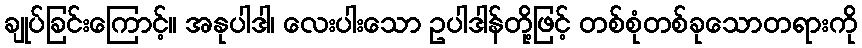
ချုပ်ခြင်းကြောင့်။ အနုပါဒါ၊ လေးပါးသော ဥပါဒါန်တို့ဖြင့် တစ်စုံတစ်ခုသောတရားကို